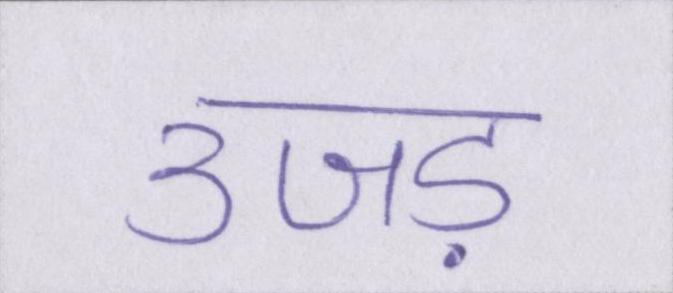
उजड़